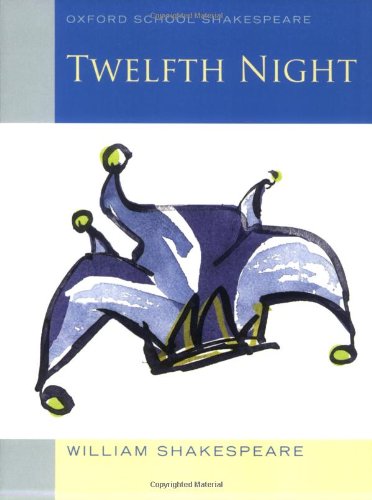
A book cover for Twelfth Night (2010 edition): Oxford School Shakespeare (Oxford School Shakespeare Series); William Shakespeare; Literature & Fiction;